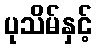
ပုသိမ်နှင့်